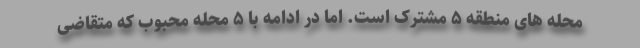
محله های منطقه ۵ مشترک است. اما در ادامه با ۵ محله محبوب که متقاضی